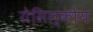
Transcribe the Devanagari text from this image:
येसिल्कोय